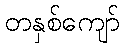
တနှစ်ကျော်